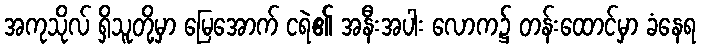
အကုသိုလ် ရှိသူတို့မှာ မြေအောက် ငရဲ၏ အနီးအပါး လောက၌ တန်းထောင်မှာ ခံနေရ